Civil Veterinary Dept. North-West Frontier Province 1933-46 - 1933-1946
Year: 1933
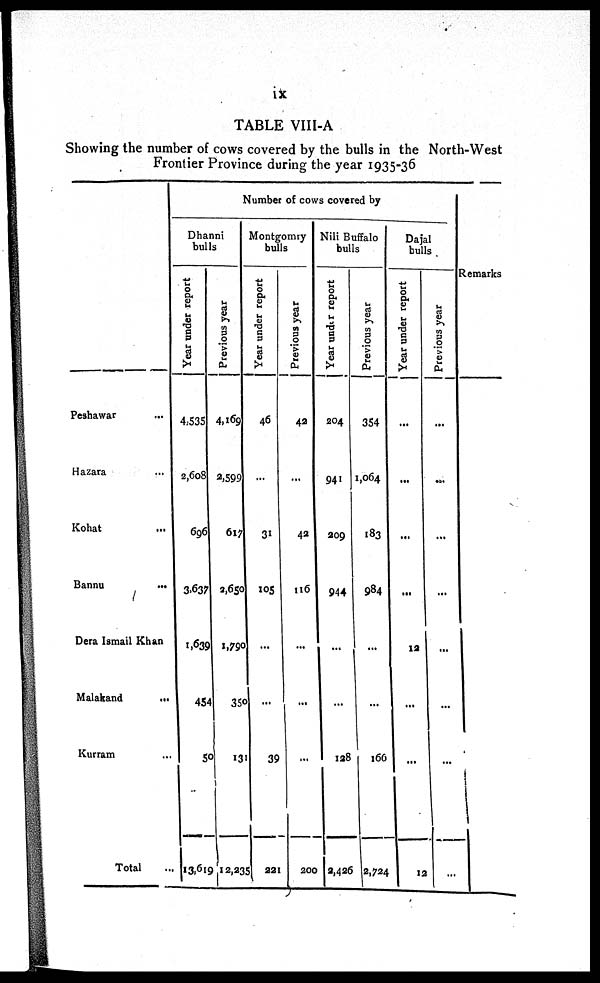
ix
TABLE VIII-A
Showing the number of cows covered by the bulls in the North-West
Frontier Province during the year 1935-36
Peshawar ...
Hazara ...
Kohat ...
Bannu ...
Dera Ismail Khan
Malakand
...
Kurram ...
Total ...
Number of cows covered by
Dhanni
bulls
Year under report
4,535
2,608
696
3,637
1,639
454
50
13,619
Previous year
4,169
2,599
617
2,650
1,790
350
131
12,235
Montgomry
bulls
Year under report
46
...
31
105
...
...
39
221
Previous year
42
...
42
116
...
...
...
200
Nili Buffalo
bulls
Year under report
204
941
209
944
...
...
128
2,426
Previous year
354
1,064
183
984
...
...
166
2,724
Dajal
bulls
Year under report
...
...
...
...
12
...
...
12
Previous year
...
...
...
...
...
...
...
...
Remarks